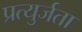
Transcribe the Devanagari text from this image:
प्रत्युर्जता